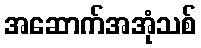
အဆောက်အအုံသစ်